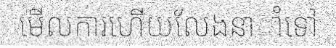
មើលការហើយលែងនាាំទៅ